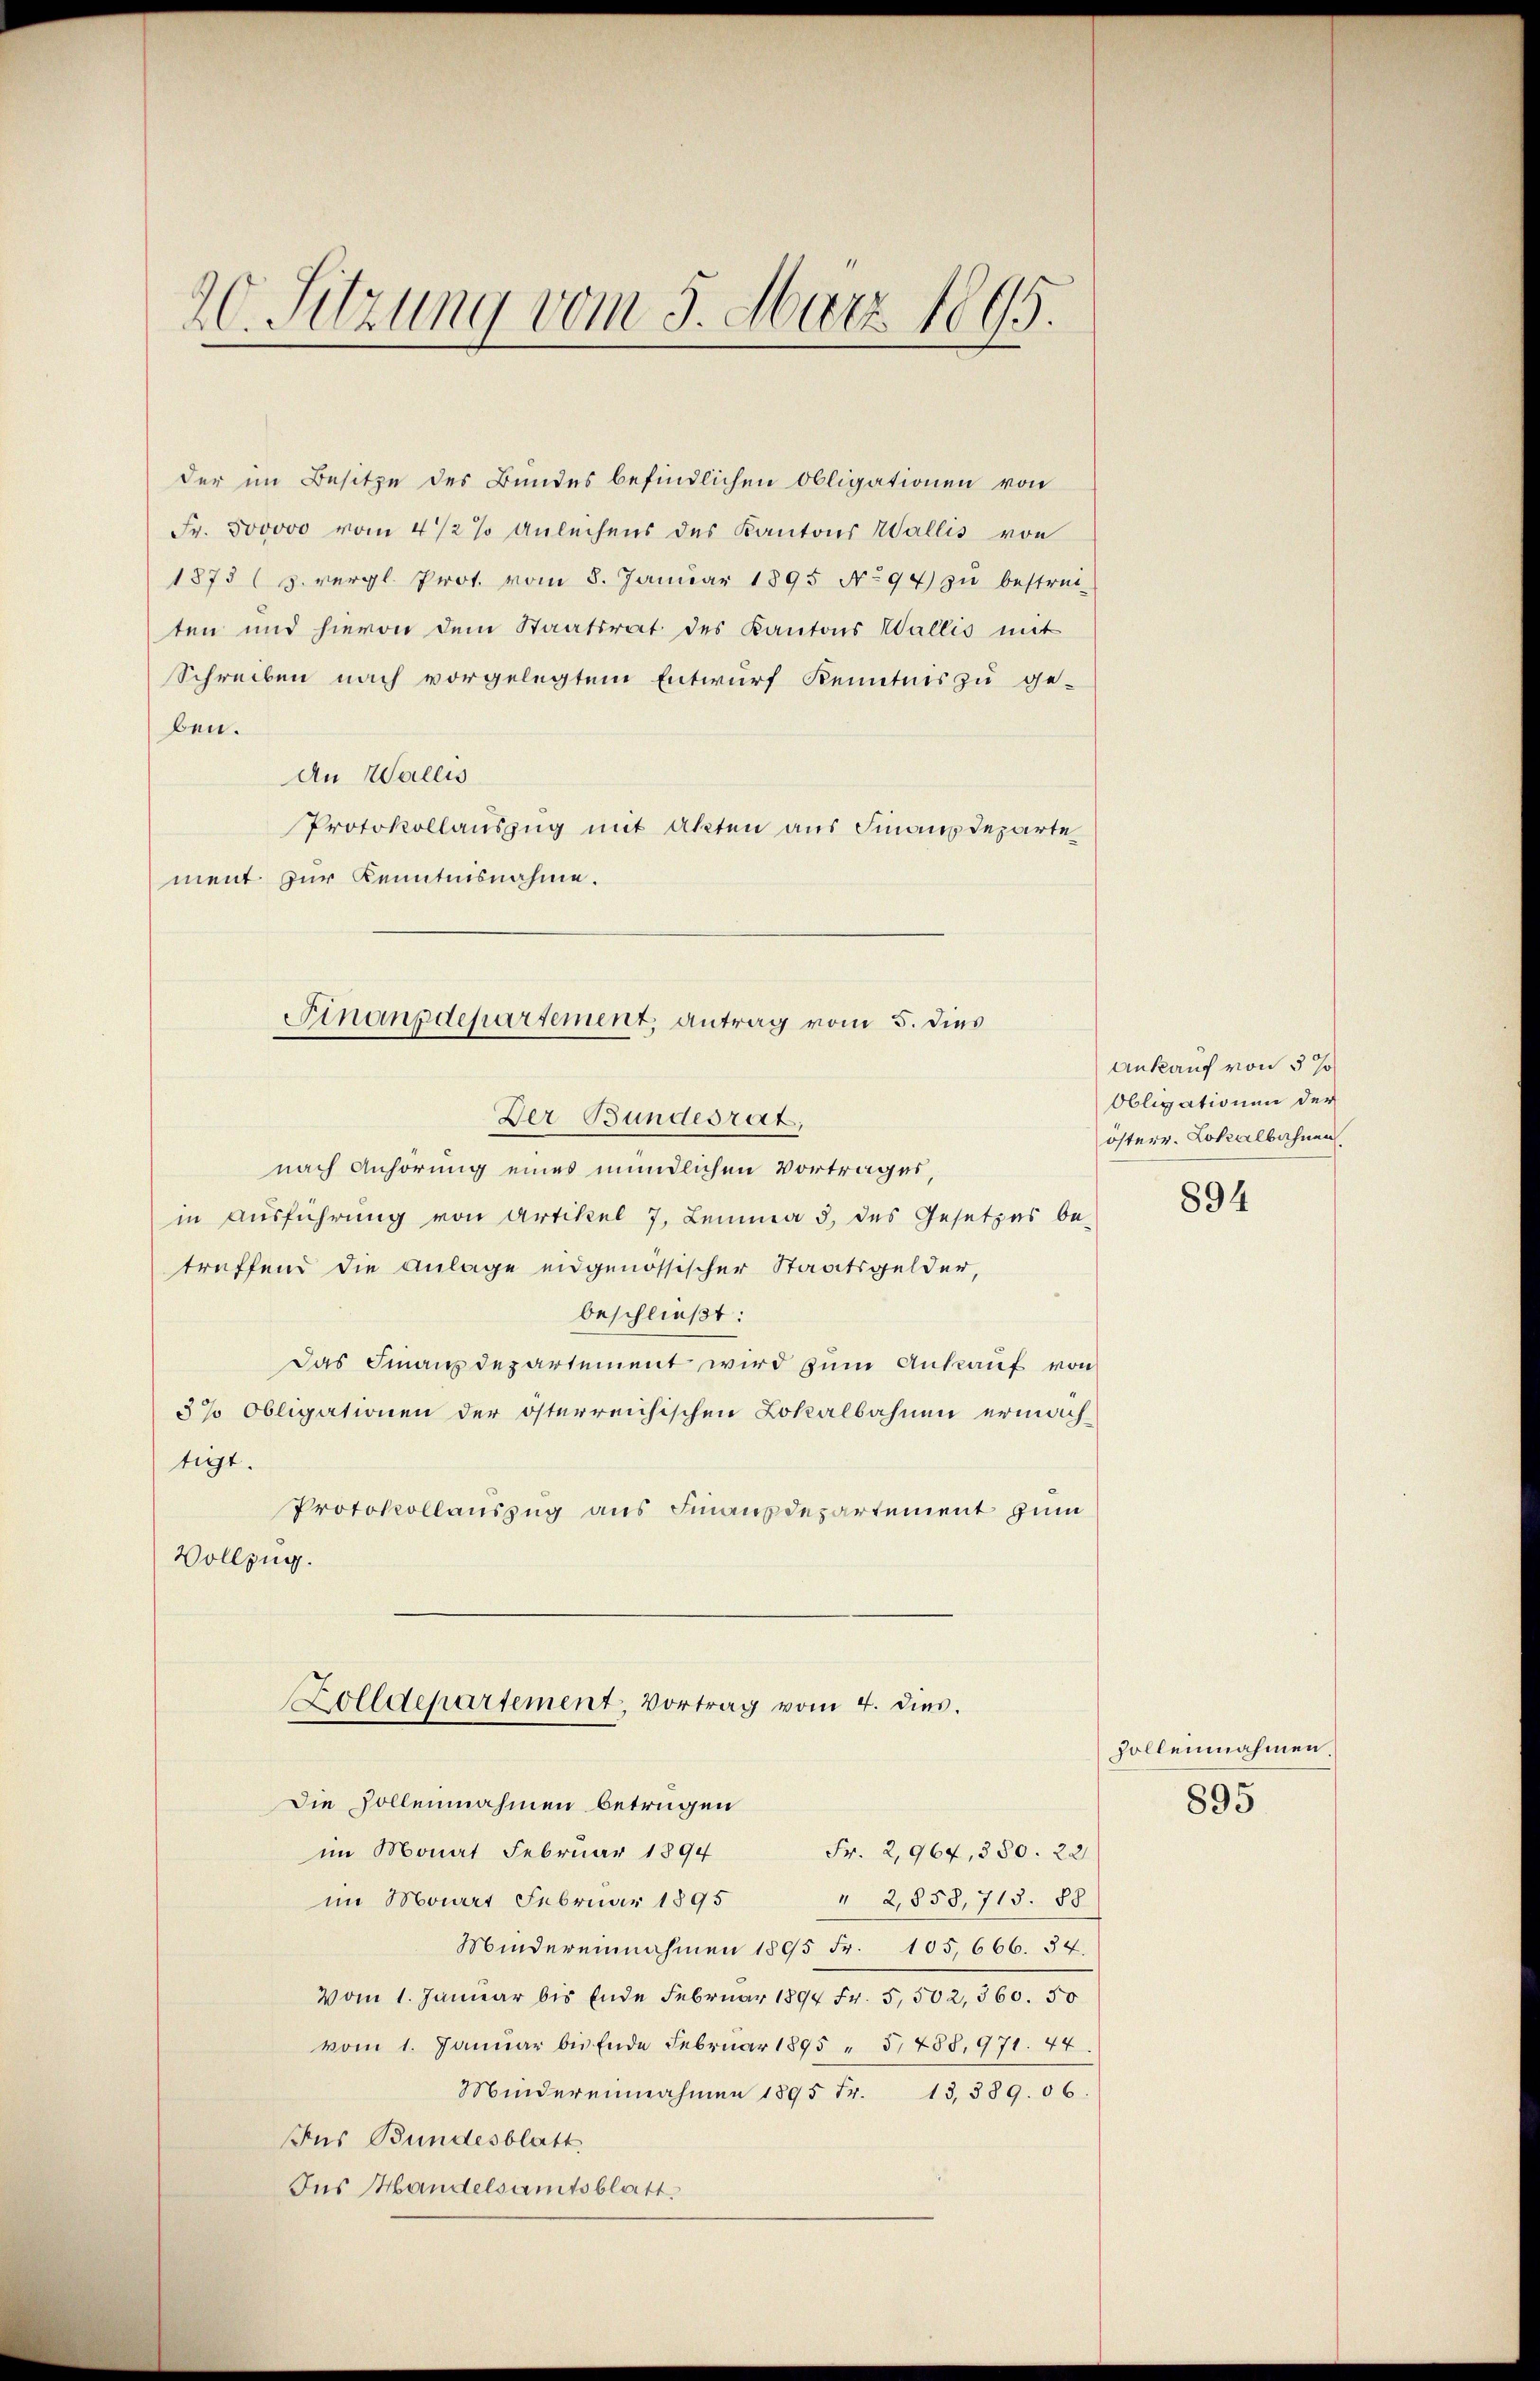
20. Sitzung vom 5. März 1865.

der im Besitze des Bundes befindlichen Obligationen von
Fr. 500000 vom 4 1/2 % Anleihens des Kantons Wallis von
1875 (s. vergl. Prot. vom 8. Januar 1895 No 94) zŭ bestrei-
ten und hievon dem Staatsrat des Kantons Wallis mit
Schreiben nach vorgelegtem Entwurf Kenntnis zu ge-
ben.
An Wallis
Protokollauszug mit Akten aus Finanzdeparte
ment zur Kenntnisnahme.
Der Bundesrat,
nach Anhörung eines mündlichen Vortrages,
in Ausführung von Artikel 7, Lemma 3 des Gesetzes be-
treffend die Anlage eidgenössischer Staatsgelder,
beschließt:
Das Finanzdepartement wird zum Ankauf von
3% Obligationen der österreichischen Lokalbahnen ermachtigt.
Protokollauszug aus Finanzdepartement zum
Vollzug.
Zolldepartement, Vortrag vom 4. dies.
Die Zollennahmen betrügen
im Monat Februar 1894
Fr. 2,964, 380. 22
im Maart Februar 1895
" 2,858, 713. 88
Mindereinnahmen 1895 Fr. 105,666. 34.
Vom 1. Januar bis Ende Februar 1894 Fr. 5,502,360. 50
vom 1. Januar bis Ende Februar 1895 " 5,788.971. 44
Mindereinnahmen 1895 Fr. 13, 389. 06
Jus Bundesblatt
Ins Handelsamtsblatt

Finanzdepartement, antrag vom 5. dies

Ankauf von 3 %
Obligationen der
österr. Lokalbahnen

894

zolleinnahmen.

895